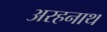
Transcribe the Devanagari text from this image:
अरहनाथ